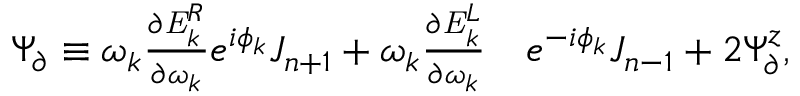
\begin{array} { r l } { \Psi _ { \partial } \equiv \omega _ { k } \frac { \partial \mathit { { E } } _ { k } ^ { R } } { \partial \omega _ { k } } e ^ { i \phi _ { k } } J _ { n + 1 } + \omega _ { k } \frac { \partial \mathit { { E } } _ { k } ^ { L } } { \partial \omega _ { k } } } & { { } e ^ { - i \phi _ { k } } J _ { n - 1 } + 2 \Psi _ { \partial } ^ { z } , } \end{array}